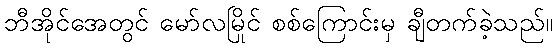
ဘီအိုင်အေတွင် မော်လမြိုင် စစ်ကြောင်းမှ ချီတက်ခဲ့သည်။